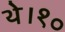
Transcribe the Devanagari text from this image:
थे।१०